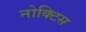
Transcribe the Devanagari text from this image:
नोक्टिस